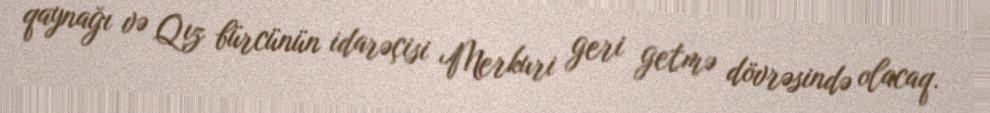
qaynağı və Qız bürcünün idarəçisi Merkuri geri getmə dövrəsində olacaq.